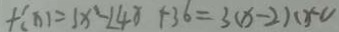
f ( x ) = 3 x ^ { 3 } - 2 4 x + 3 6 = 3 ( x - 2 ) ( x - 1 )